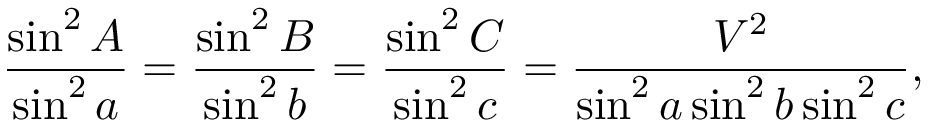
{ \frac { \sin ^ { 2 } A } { \sin ^ { 2 } a } } = { \frac { \sin ^ { 2 } B } { \sin ^ { 2 } b } } = { \frac { \sin ^ { 2 } C } { \sin ^ { 2 } c } } = { \frac { V ^ { 2 } } { \sin ^ { 2 } a \sin ^ { 2 } b \sin ^ { 2 } c } } ,